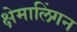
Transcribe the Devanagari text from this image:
क्षेमालिंगन